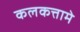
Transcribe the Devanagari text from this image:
कलकत्तामे